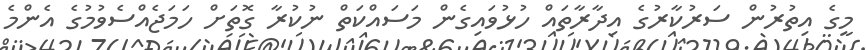
މީގެ އިތުރުން ސަރުކާރުގެ އިދާރާތައް ހުޅުވައިގެން މަސައްކަތް ނުކުރާ ގޮތަށް ހަމަޖެއްސެވުމުގެ އެންމެ